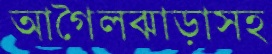
আগৈলঝাড়াসহ